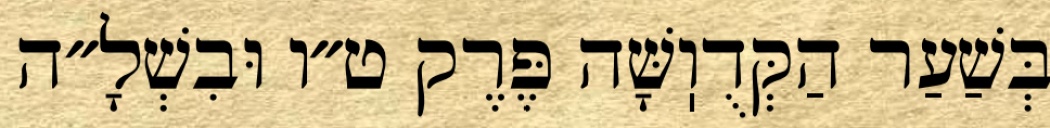
בְּשַׁעַר הַקְּדֻוֽשָּׁה פֶּרֶק ט״ו וּבִשְׁלָ״ה